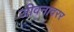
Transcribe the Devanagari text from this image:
जीवनावरर